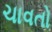
ચાવતો